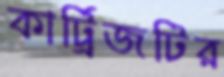
কার্ট্রিজটির